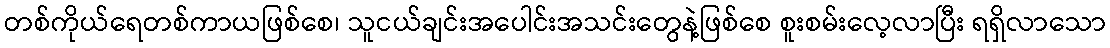
တစ်ကိုယ်ရေတစ်ကာယဖြစ်စေ၊ သူငယ်ချင်းအပေါင်းအသင်းတွေနဲ့ဖြစ်စေ စူးစမ်းလေ့လာပြီး ရရှိလာသော